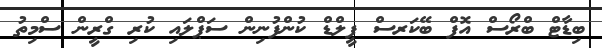
ބިޑާޓް ބްރޯސް އޮފް ބޭކަރސް ފީލްޑް ކުންފުނިން ސަޕްލައި ކުރި ގްރީން ސްމިތު